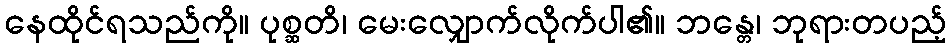
နေထိုင်ရသည်ကို။ ပုစ္ဆတိ၊ မေးလျှောက်လိုက်ပါ၏။ ဘန္တေ၊ ဘုရားတပည့်